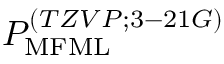
P _ { \mathrm { M F M L } } ^ { ( T Z V P ; 3 - 2 1 G ) }